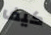
كيف